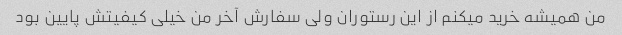
من همیشه خرید میکنم از این رستوران ولی سفارش آخر من خیلی کیفیتش پایین بود